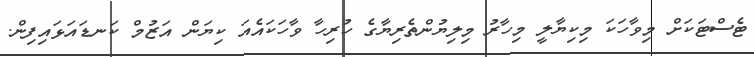
ޓެސްޓަކަށް މިވާހަކަ މިކިޔާލީ މިހާރު މިލިޔުންތެރިޔާގެ ހުރިހާ ވާހަކައެއަ ކިޔަން އަޒުމް ކަނޑައަޅައިފިން.